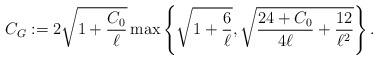
LaTeX: \begin{align*} C_G:=2\sqrt{1+\frac{C_0}{\ell}}\max\left\{\sqrt{1+\frac{6}{\ell}},\sqrt{\frac{24+C_0}{4\ell}+\frac{12}{\ell^2}}\right\}.\end{align*}